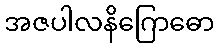
အဇပါလနိဂြောဓော